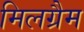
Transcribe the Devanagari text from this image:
मिलग्रैम